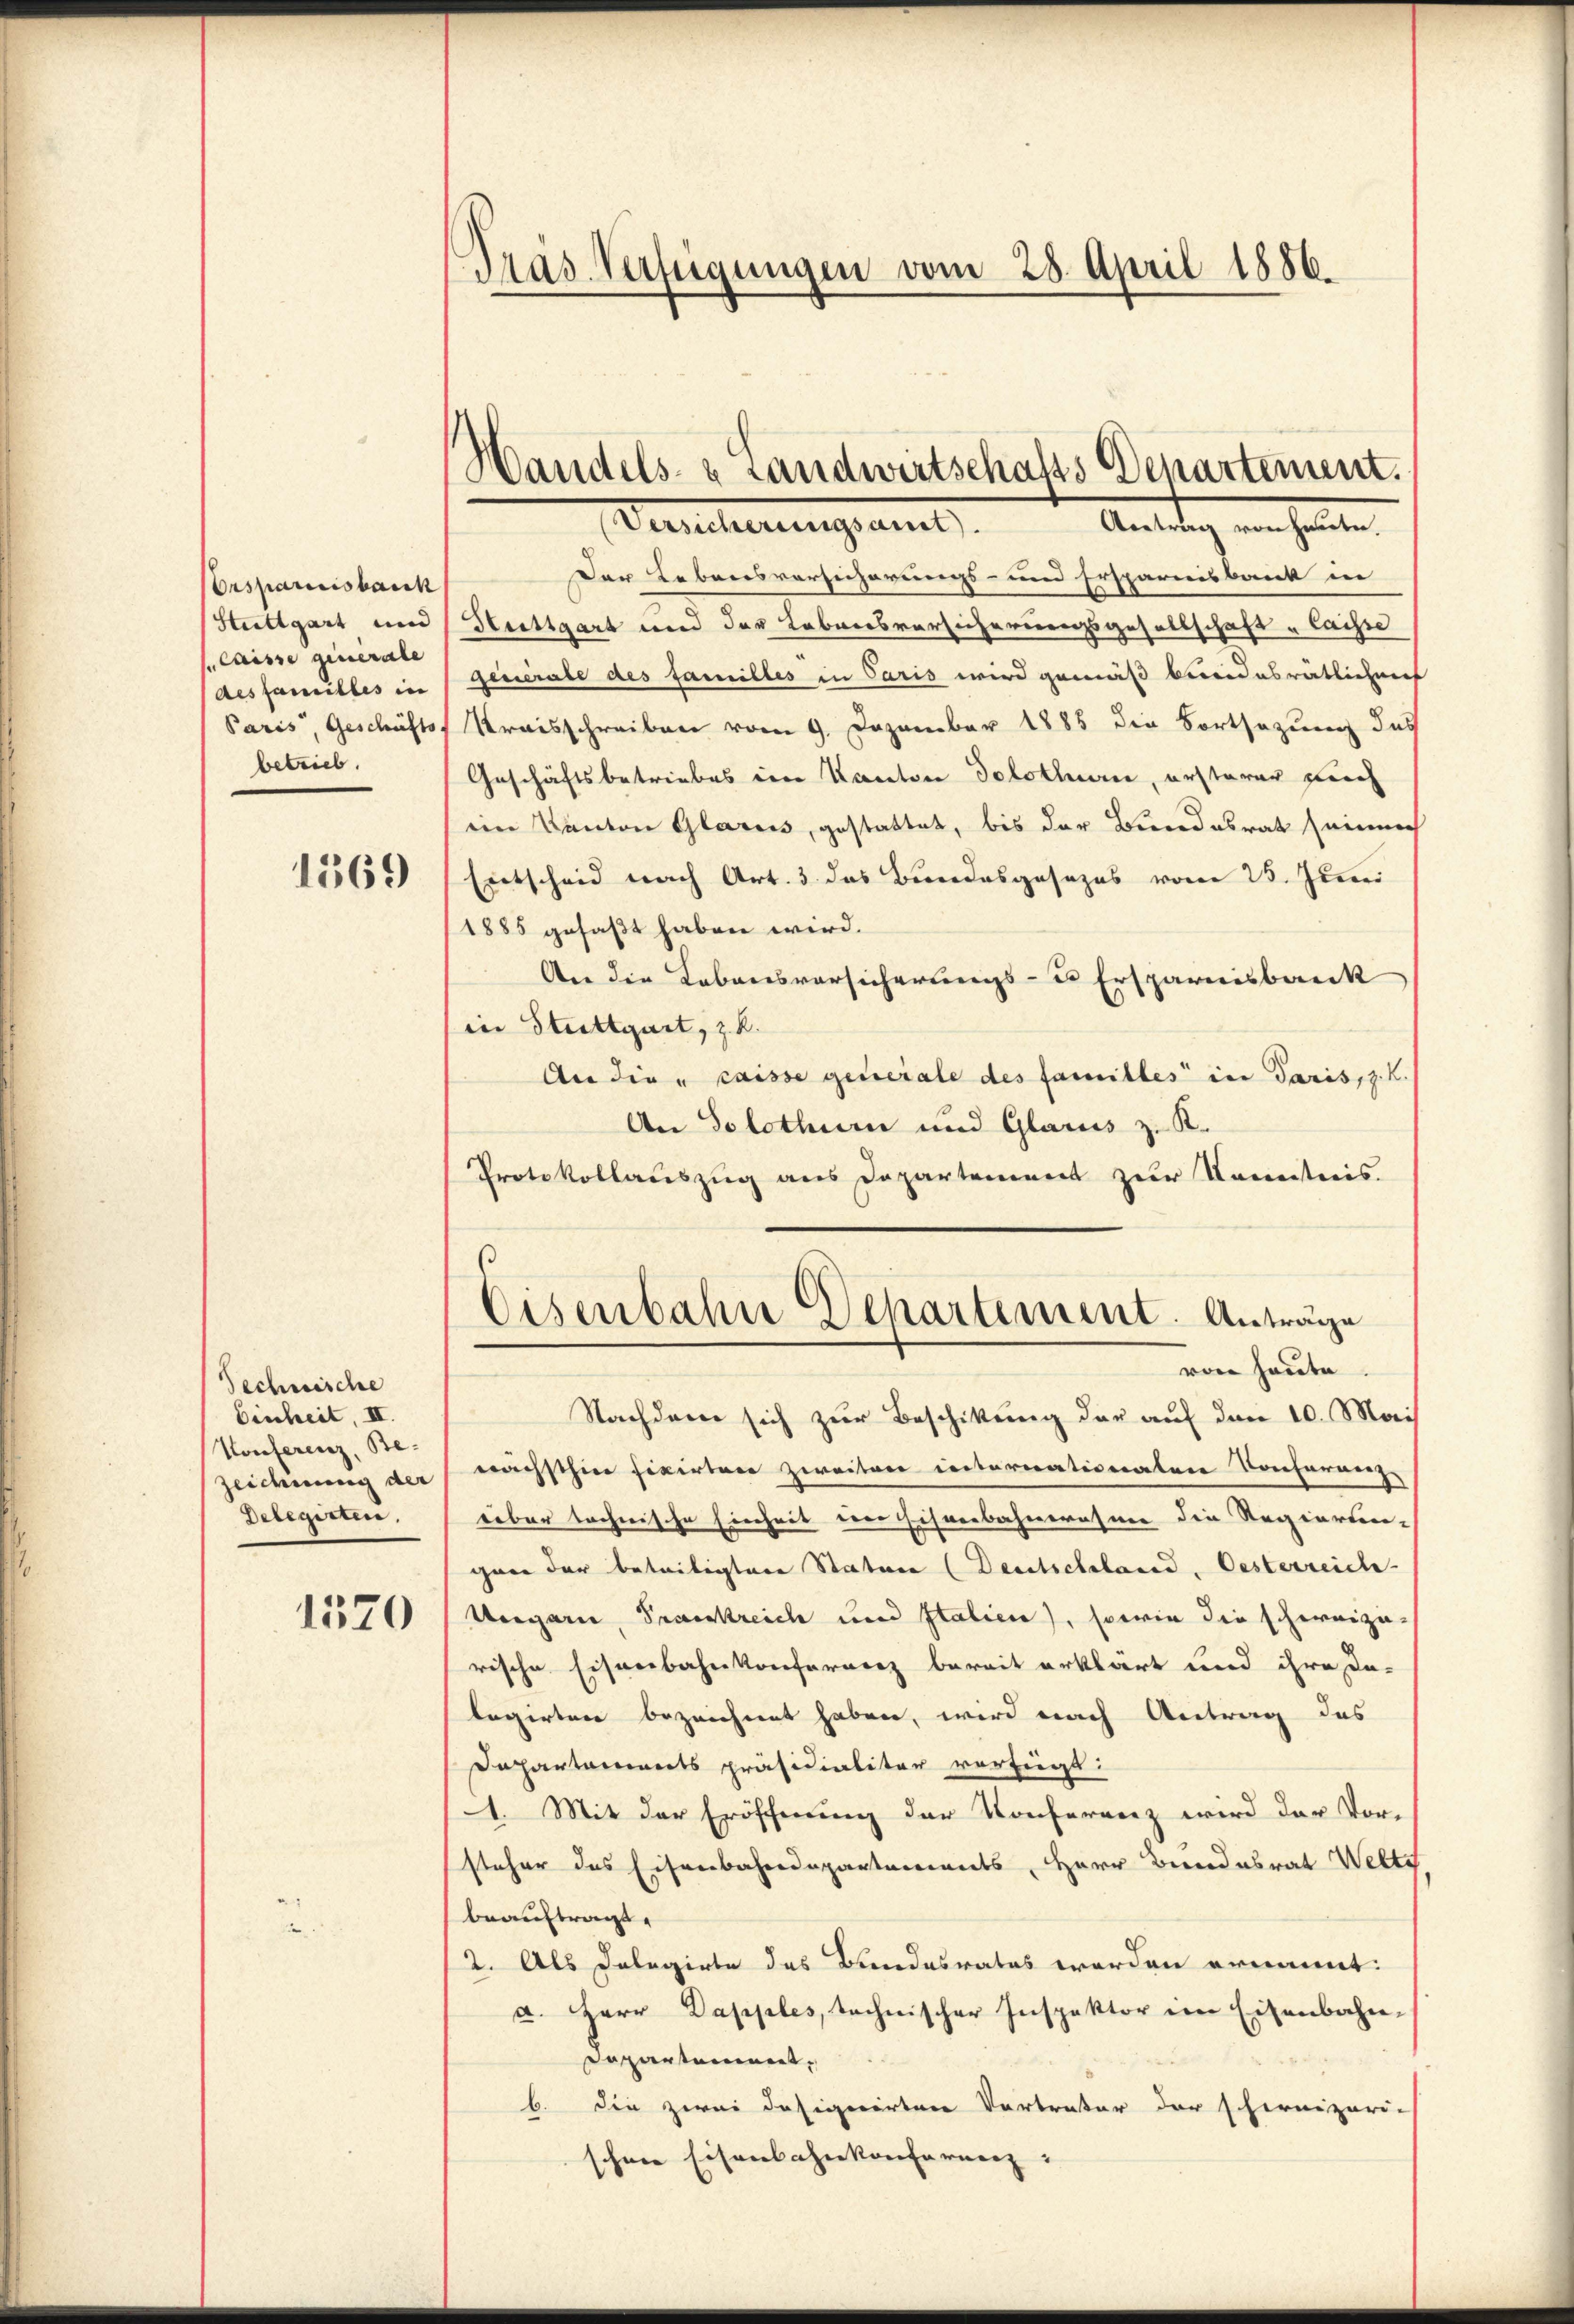
Ersparisisback
Stuttgart und
laisse generale
des familles in
Paris, Geschäfts,
betrieb.

1369

Technische
Einheit, II.
Konferenz, Be¬
Zeichnung der
Delegirten,

1520

Präs. Verfügungen vom 28. April 1886.

¬
Vandels- u Landwirtschafs Departement.
Deucherungsamt
Antag einheiten.

Der Lebensversicherungs- und Ersparnisbank in
Stuttgart und der Lebensversicherungsgesellschaft laisse
generale des familles in Paris wird gemäß bereidesrätlichenes
Kreisschreiben vom 9. Dezember 1885 die Fortsazung das
Geschäftsbetriebes ein Kanton Solothurn, ersterer sich
ein Kanton Glarus, gestattet, bis der Bundesrat niema
Entscheid nach Art. 3 das Bundesgesezes vom 25. Juni
1885 gefaßt haben wird.
An die Kobonsvorsicherungs- u Ersparnisbark
in Stuttgart, z. R.
An die „caisse generale des familles in Paris, z. K.
An Solothur und Glarus z. K.
Protokollauszug aus Departement zur Kenntnis.
Eisenbahn Departement. Anträge
von heute
Nachdem sich zur Beschikung der auf den 10. Mai
nächsthier fixirten Zweiten internationaten Konferrenz
rüber technische Einheit der Eisenbahnerasner die Regierten-
guer der beteiligten Statuer (Deutschland, Oesterreich
Ungarn, Trankreich und Italien), sowie die schweiza-
rische Eisenbahnkonferrenz bereit erklärt und ihre da-
legirten bezeichnet haben, wird nach Antrag das
Departaments präsidialiter verfügt:
1. Mit der Eröffnung der Konferenz wird der Vor-
steher des Eisenbahndepartements, Herr Bundesrat Welte
beauftragt.
2. Als Dolegirte das Bundesrates werden ernannt:
a. Herr Dapples, technischer Inspektor im Eisenbahn-
Departement,
b. die zwei dasigerirten Vertrater der schweizeri-
schen Eisenbahnkonferenz: